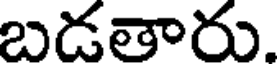
బడతారు.